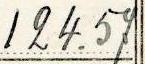
124.57